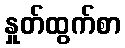
နှုတ်ထွက်စာ